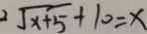
2 \sqrt { x + 5 } + 1 0 = x